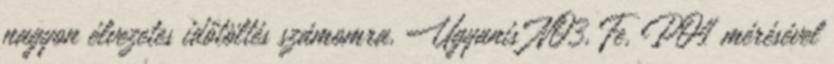
nagyon élvezetes időtöltés számomra. Ugyanis NO3, Fe, PO4 mérésével